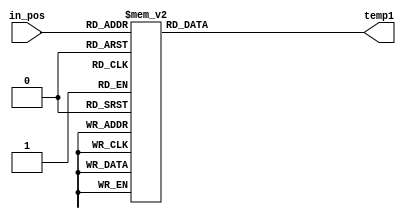
module position_decoder(
     
      input[3:0] in_pos ,
    //  input turn_enable,
      output reg [15:0] temp1 );
 
 always @(*)
 begin
 case(in_pos)

 4'd1: temp1 <= 16'b0000000000000001; //1    
 4'd2: temp1 <= 16'b0000000000000010; //2 
 4'd3: temp1 <= 16'b0000000000000100; //4
 4'd4: temp1 <= 16'b0000000000001000; //8
 4'd5: temp1 <= 16'b0000000000010000; //16
 4'd6: temp1 <= 16'b0000000000100000; //32
 4'd7: temp1 <= 16'b0000000001000000; //64
 4'd8: temp1 <= 16'b0000000010000000; //128
 4'd9: temp1 <= 16'b0000000100000000; //256

 default: temp1 <= 16'b0000000000000000;  
 endcase 
end 
endmodule 




 /*4'd0: temp1 <= 16'b0000000000000001;
 4'd1: temp1 <= 16'b0000000000000010; 
 4'd2: temp1 <= 16'b0000000000000100;
 4'd3: temp1 <= 16'b0000000000001000;
 4'd4: temp1 <= 16'b0000000000010000;
 4'd5: temp1 <= 16'b0000000000100000;
 4'd6: temp1 <= 16'b0000000001000000;
 4'd7: temp1 <= 16'b0000000010000000;
 4'd8: temp1 <= 16'b0000000100000000;
 4'd9: temp1 <= 16'b0000001000000000;
 4'd10: temp1 <= 16'b0000010000000000;
 4'd11: temp1 <= 16'b0000100000000000;
 4'd12: temp1 <= 16'b0001000000000000;
 4'd13: temp1 <= 16'b0010000000000000;
 4'd14: temp1 <= 16'b0100000000000000;
 4'd15: temp1 <= 16'b1000000000000000;
 default: temp1 <= 16'b0000000000000000;*/